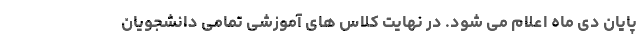
پایان دی ماه اعلام می شود. در نهایت کلاس های آموزشی تمامی دانشجویان